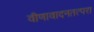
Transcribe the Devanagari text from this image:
वीणावादनतत्परा